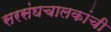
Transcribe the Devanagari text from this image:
सरसंघचालकांची